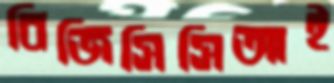
বিজিসিসিআই